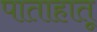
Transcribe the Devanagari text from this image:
पाताहातू